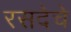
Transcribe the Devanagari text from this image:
रसदेचे